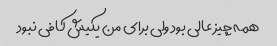
همه چیز عالی بود ولی برای من یکیش کافی نبود